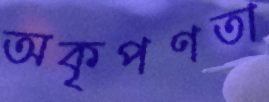
অকৃপণতা